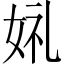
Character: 𫰣